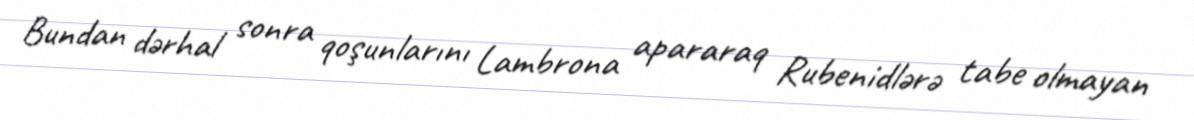
Bundan dərhal sonra qoşunlarını Lambrona apararaq Rubenidlərə tabe olmayan